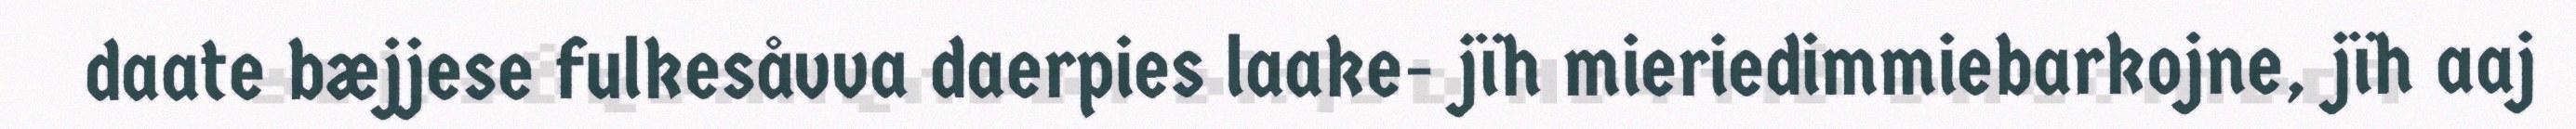
daate bæjjese fulkesåvva daerpies laake- jïh mieriedimmiebarkojne, jïh aaj